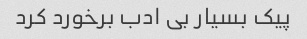
پیک بسیار بی ادب برخورد کرد